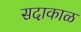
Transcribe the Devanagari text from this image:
सदाकाळ